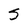
Character: S